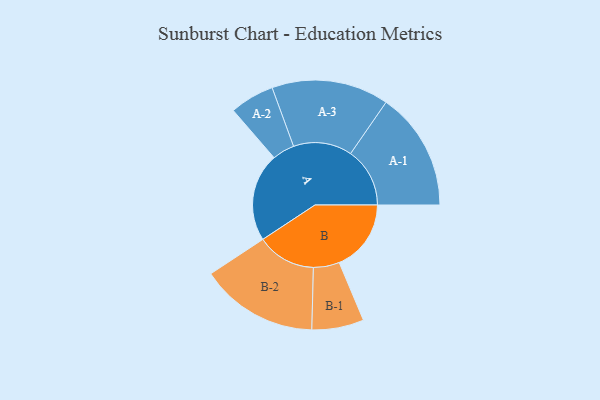
{"axis": {"x": "Segment", "y": "Value"}, "legend": ["", "A", "B"], "data": [{"x": "A", "y": 425, "type": ""}, {"x": "B", "y": 346, "type": ""}, {"x": "A-1", "y": 285, "type": "A"}, {"x": "A-2", "y": 107, "type": "A"}, {"x": "A-3", "y": 282, "type": "A"}, {"x": "B-1", "y": 125, "type": "B"}, {"x": "B-2", "y": 284, "type": "B"}]}